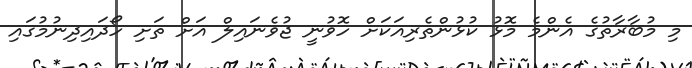
މި މުބާރާތުގެ އެންމެ މޮޅު ކުޅުންތެރިއަކަށް ހޮވުނީ ޖުވެނައިލް އަށް ތަށި ހޯދައިދިނުމުގައި